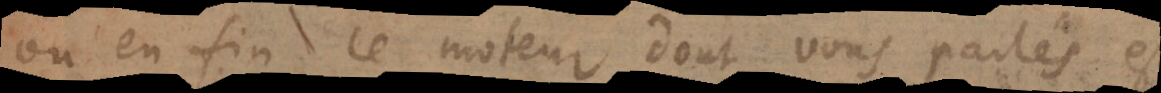
ou en fin ce moteur dont vous parlés est